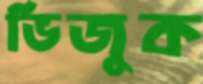
ভিজুক